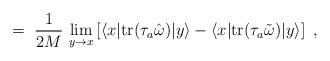
LaTeX: \begin{align*}= \; \frac{1}{2 M} \, \lim_{y \to x} \left[ \langle x | {\rm tr}(\tau_a {\hat \omega} ) | y \rangle - \langle x | {\rm tr} ( \tau_a {\tilde\omega} ) | y \rangle \right] \;,\end{align*}